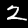
Digit: 2